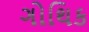
ગોથિક